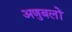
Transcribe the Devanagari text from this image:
अणुबलों